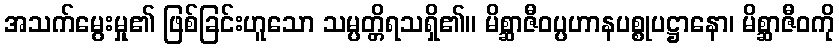
အသက်မွေးမှု၏ ဖြစ်ခြင်းဟူသော သမ္ပတ္တိရသရှိ၏။ မိစ္ဆာဇီဝပ္ပဟာနပစ္စုပဋ္ဌာနော၊ မိစ္ဆာဇီဝကို